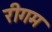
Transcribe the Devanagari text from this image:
रीगम